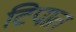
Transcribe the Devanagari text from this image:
टिपात